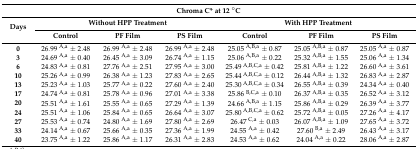
<table><thead><tr><td colspan="7"><b>Chroma C* at 12 °C</b></td></tr><tr><td rowspan="2"><b>Days</b></td><td colspan="3"><b>Without HPP Treatment</b></td><td colspan="3"><b>With HPP Treatment</b></td></tr><tr><td><b>Control</b></td><td><b>PF Film</b></td><td><b>PS Film</b></td><td><b>Control</b></td><td><b>PF Film</b></td><td><b>PS Film</b></td></tr></thead><tbody><tr><td><b>0</b></td><td>26.99 <sup>A,a</sup> ± 2.48</td><td>26.99 <sup>A,a</sup> ± 2.48</td><td>26.99 <sup>A,a</sup> ± 2.48</td><td>25.05 <sup>A,B,a</sup> ± 0.87</td><td>25.05 <sup>A,B,a</sup> ± 0.87</td><td>25.05 <sup>A,a</sup> ± 0.87</td></tr><tr><td><b>3</b></td><td>24.69 <sup>A,a</sup> ± 0.40</td><td>26.45 <sup>A,a</sup> ± 3.09</td><td>26.74 <sup>A,a</sup> ± 1.15</td><td>25.06 <sup>A,B,a</sup> ± 0.22</td><td>25.32 <sup>A,B,a</sup> ± 1.55</td><td>25.06 <sup>A,a</sup> ± 1.34</td></tr><tr><td><b>6</b></td><td>24.83 <sup>A,a</sup> ± 0.81</td><td>27.76 <sup>A,a</sup> ± 2.51</td><td>27.95 <sup>A,a</sup> ± 3.00</td><td>25.49 <sup>A,B,C,a</sup> ± 0.42</td><td>25.81 <sup>A,B,a</sup> ± 1.22</td><td>26.60 <sup>A,a</sup> ± 3.61</td></tr><tr><td><b>10</b></td><td>25.26 <sup>A,a</sup> ± 0.99</td><td>26.38 <sup>A,a</sup> ± 1.23</td><td>27.83 <sup>A,a</sup> ± 2.65</td><td>25.44 <sup>A,B,C,a</sup> ± 0.12</td><td>26.44 <sup>A,B,a</sup> ± 1.32</td><td>26.83 <sup>A,a</sup> ± 2.87</td></tr><tr><td><b>13</b></td><td>25.23 <sup>A,a</sup> ± 1.03</td><td>25.77 <sup>A,a</sup> ± 0.22</td><td>27.60 <sup>A,a</sup> ± 2.40</td><td>25.30 <sup>A,B,C,a</sup> ± 0.34</td><td>26.55 <sup>A,B,a</sup> ± 0.39</td><td>24.34 <sup>A,a</sup> ± 0.40</td></tr><tr><td><b>17</b></td><td>24.74 <sup>A,a</sup> ± 0.81</td><td>25.78 <sup>A,a</sup> ± 0.96</td><td>27.01 <sup>A,a</sup> ± 3.38</td><td>25.86 <sup>B,C,a</sup> ± 0.10</td><td>26.37 <sup>A,B,a</sup> ± 0.35</td><td>26.52 <sup>A,a</sup> ± 3.12</td></tr><tr><td><b>20</b></td><td>25.51 <sup>A,a</sup> ± 1.61</td><td>25.55 <sup>A,a</sup> ± 0.65</td><td>27.29 <sup>A,a</sup> ± 1.39</td><td>24.66 <sup>A,B,a</sup> ± 1.15</td><td>25.86 <sup>A,B,a</sup> ± 0.29</td><td>26.39 <sup>A,a</sup> ± 3.77</td></tr><tr><td><b>24</b></td><td>25.51 <sup>A,a</sup> ± 1.06</td><td>25.84 <sup>A,a</sup> ± 0.65</td><td>26.64 <sup>A,a</sup> ± 3.07</td><td>25.80 <sup>A,B,C,a</sup> ± 0.62</td><td>25.72 <sup>A,B,a</sup> ± 0.05</td><td>27.26 <sup>A,a</sup> ± 4.17</td></tr><tr><td><b>27</b></td><td>25.53 <sup>A,a</sup> ± 0.74</td><td>24.80 <sup>A,a</sup> ± 1.69 </td><td>27.80 <sup>A,a</sup> ± 2.69</td><td>26.47 <sup>C,a</sup> ± 0.03</td><td>26.07 <sup>A,B,a</sup> ± 1.09</td><td>27.65 <sup>A,a</sup> ± 3.72 </td></tr><tr><td><b>33</b></td><td>24.14 <sup>A,a</sup> ± 0.67</td><td>25.66 <sup>A,a</sup> ± 0.35</td><td>27.36 <sup>A,a</sup> ± 1.99</td><td>24.55 <sup>A,a</sup> ± 0.42</td><td>27.60 <sup>B,a</sup> ± 2.49</td><td>26.43 <sup>A,a</sup> ± 3.17</td></tr><tr><td><b>40</b></td><td>23.75 <sup>A,a</sup> ± 1.22</td><td>25.86 <sup>A,a</sup> ± 1.17</td><td>26.31 <sup>A,a</sup> ± 2.83</td><td>24.53 <sup>A,a</sup> ± 0.62</td><td>24.04 <sup>A,a</sup> ± 0.22</td><td>28.06 <sup>A,a</sup> ± 2.87</td></tr></tbody></table>